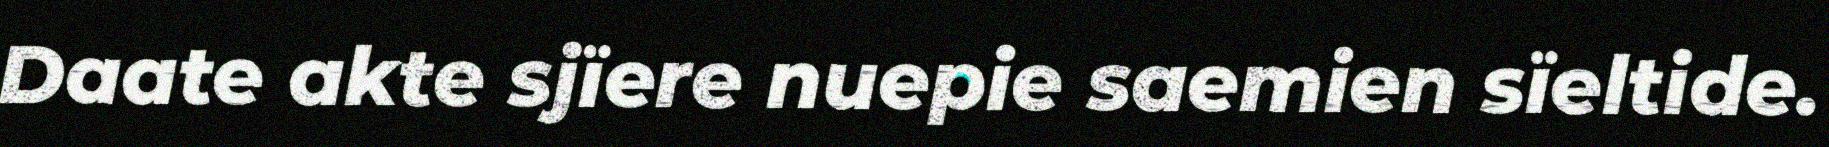
Daate akte sjïere nuepie saemien sïeltide.